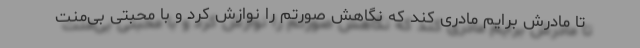
تا مادرش برایم مادری کند که نگاهش صورتم را نوازش کرد و با محبتی بی‌منت